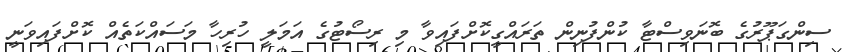
ސިންގަޕޫރުގެ ބޮނަވިސްޓާ ކުންފުނިން ތަރައްގީކޮށްފައިވާ މި ރިސޯޓުގެ އަމަލީ ހުރިހާ މަސައްކަތެއް ކޮށްފައިވަނީ